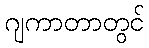
ဂျကာတာတွင်